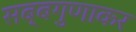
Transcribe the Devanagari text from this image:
सब्बगुणाकर